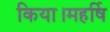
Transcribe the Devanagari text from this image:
किया।महर्षि